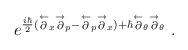
LaTeX: \begin{align*}e^{{\frac{i\hbar }{2}}(\stackrel{\leftarrow }{\partial }_{x}\stackrel{\rightarrow }{\partial }_{p}-\stackrel{\leftarrow }{\partial }_{p}\stackrel{\rightarrow }{\partial }_{x}) +\hbar \stackrel{\leftarrow }{\partial }_{\theta}\stackrel{\rightarrow }{\partial }_{\theta}}~.\end{align*}